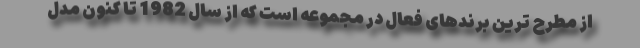
از مطرح ترین برندهای فعال در مجموعه است که از سال 1982 تا کنون مدل